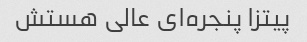
پیتزا پنجره‌ای عالی هستش